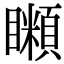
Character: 𥌨